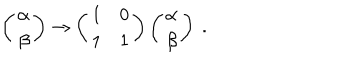
\left( \begin{array} { c } { { \alpha } } \\ { { \beta } } \\ \end{array} \right) \to \left( \begin{array} { r r } { { 1 } } & { { 0 } } \\ { { 1 } } & { { 1 } } \\ \end{array} \right) \left( \begin{array} { c } { { \alpha } } \\ { { \beta } } \\ \end{array} \right) \ .